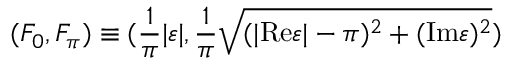
( F _ { 0 } , F _ { \pi } ) \equiv ( \frac { 1 } { \pi } | \varepsilon | , \frac { 1 } { \pi } \sqrt { ( | \mathrm { R e } \varepsilon | - \pi ) ^ { 2 } + ( \mathrm { I m } \varepsilon ) ^ { 2 } } )